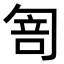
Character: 𠣭